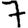
Digit: 7